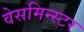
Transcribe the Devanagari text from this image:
वेसमिन्स्टर